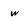
Character: w